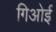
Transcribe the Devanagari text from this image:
गिओई